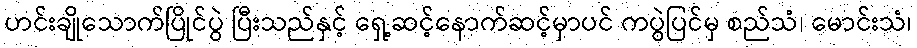
ဟင်းချိုသောက်ပြိုင်ပွဲ ပြီးသည်နှင့် ရှေ့ဆင့်နောက်ဆင့်မှာပင် ကပွဲပြင်မှ စည်သံ၊ မောင်းသံ၊